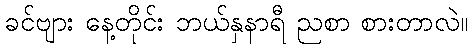
ခင်ဗျား နေ့တိုင်း ဘယ်နှနာရီ ညစာ စားတာလဲ။